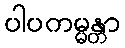
ပါပကမ္မန္တာ